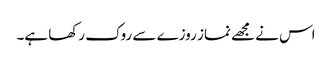
اس نے مجھے نماز روزے سے روک رکھا ہے۔